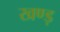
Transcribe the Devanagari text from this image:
खण्ड़